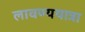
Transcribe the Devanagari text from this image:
लावण्ययात्रा